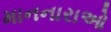
માનનારાઓ